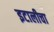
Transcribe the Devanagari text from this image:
इटालीचा